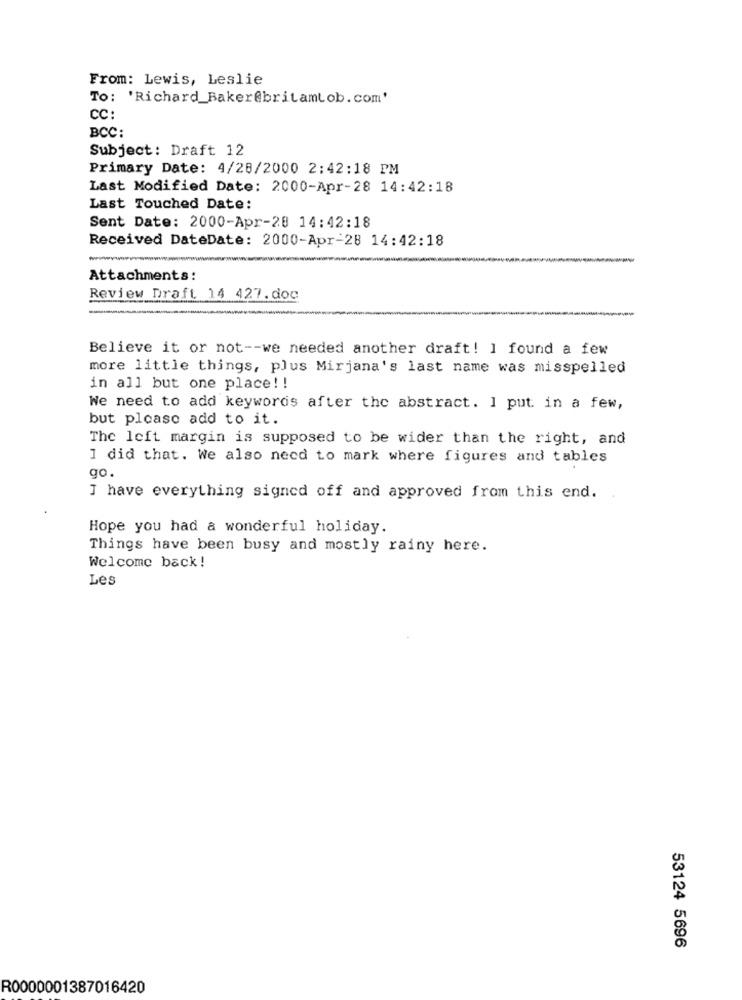
From: Lewis, Leslie
To: 'Richard_Baker@britamtob. com'
CC:
BCC:
Subject: Draft 12
Primary Date: 4/28/2000 2:42:18 PM
Last Modified Date: 2000-Apr-28 14:42:18
Last Touched Date:
Sent Date: 2000-Apr-20 14:42:18
Received DateDate: 2000-Apr-28 14:42:18
Attachments:
Review Draft 14 427. doc
Believe it or not -- we needed another draft! I found a few
more little things, plus Mirjana's last name was misspelled
in all but one place! !
We need to add keywords after the abstract. I put. in a few,
but please add to it.
The left margin is supposed to be wider than the right, and
I did that. We also need to mark where figures and tables
go.
I have everything signed off and approved from this end.
Hope you had a wonderful holiday.
Things have been busy and mostly rainy here.
Welcome back !
Les
53124 5696
R0000001387016420